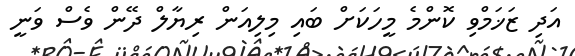
އަދި ޒަޚަމްވި ކޮންމެ މީހަކަށް ބައި މިލިއަން ރިޔާލް ދޭން ވެސް ވަނީ